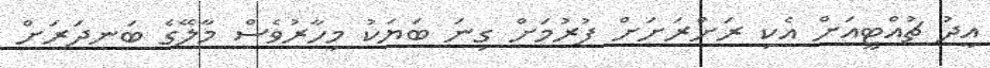
އީދު ޗުއްޓީއަށް އެކި ރަށްރަށަށް ފުރުމަށް ގިނަ ބަޔަކު މިހާރުވެސް މާލޭގެ ބަނދަރަށް